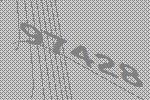
97428